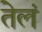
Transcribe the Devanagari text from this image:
तेलं